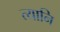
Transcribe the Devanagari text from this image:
त्यानि